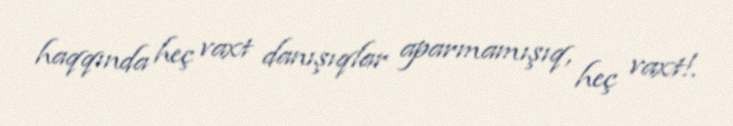
haqqında heç vaxt danışıqlar aparmamışıq, heç vaxt!.